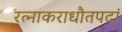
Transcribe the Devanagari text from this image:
रत्नाकराधौतपदां